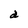
Character: d